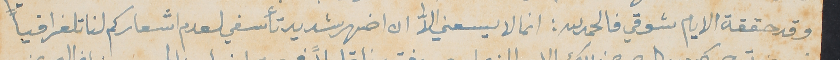
وقد حققة الايام شوقي فالحمدلله: انما لا يسعني الاﱣ ان اضهر شديد تأسفي لعدم اشعاركم لنا تلغرافياً